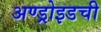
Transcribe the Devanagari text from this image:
अण्ड्रोइडची